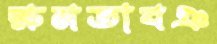
ক্ষমতাবঞ